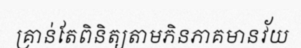
គ្រាន់តែពិនិត្យតាមភិនភាគមានវ័យ